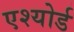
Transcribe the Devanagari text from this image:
एश्योर्ड